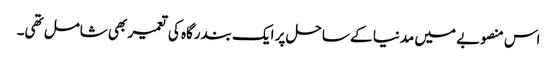
اس منصوبے میں مدنیا کے ساحل پر ایک بندرگاہ کی تعمیر بھی شامل تھی۔